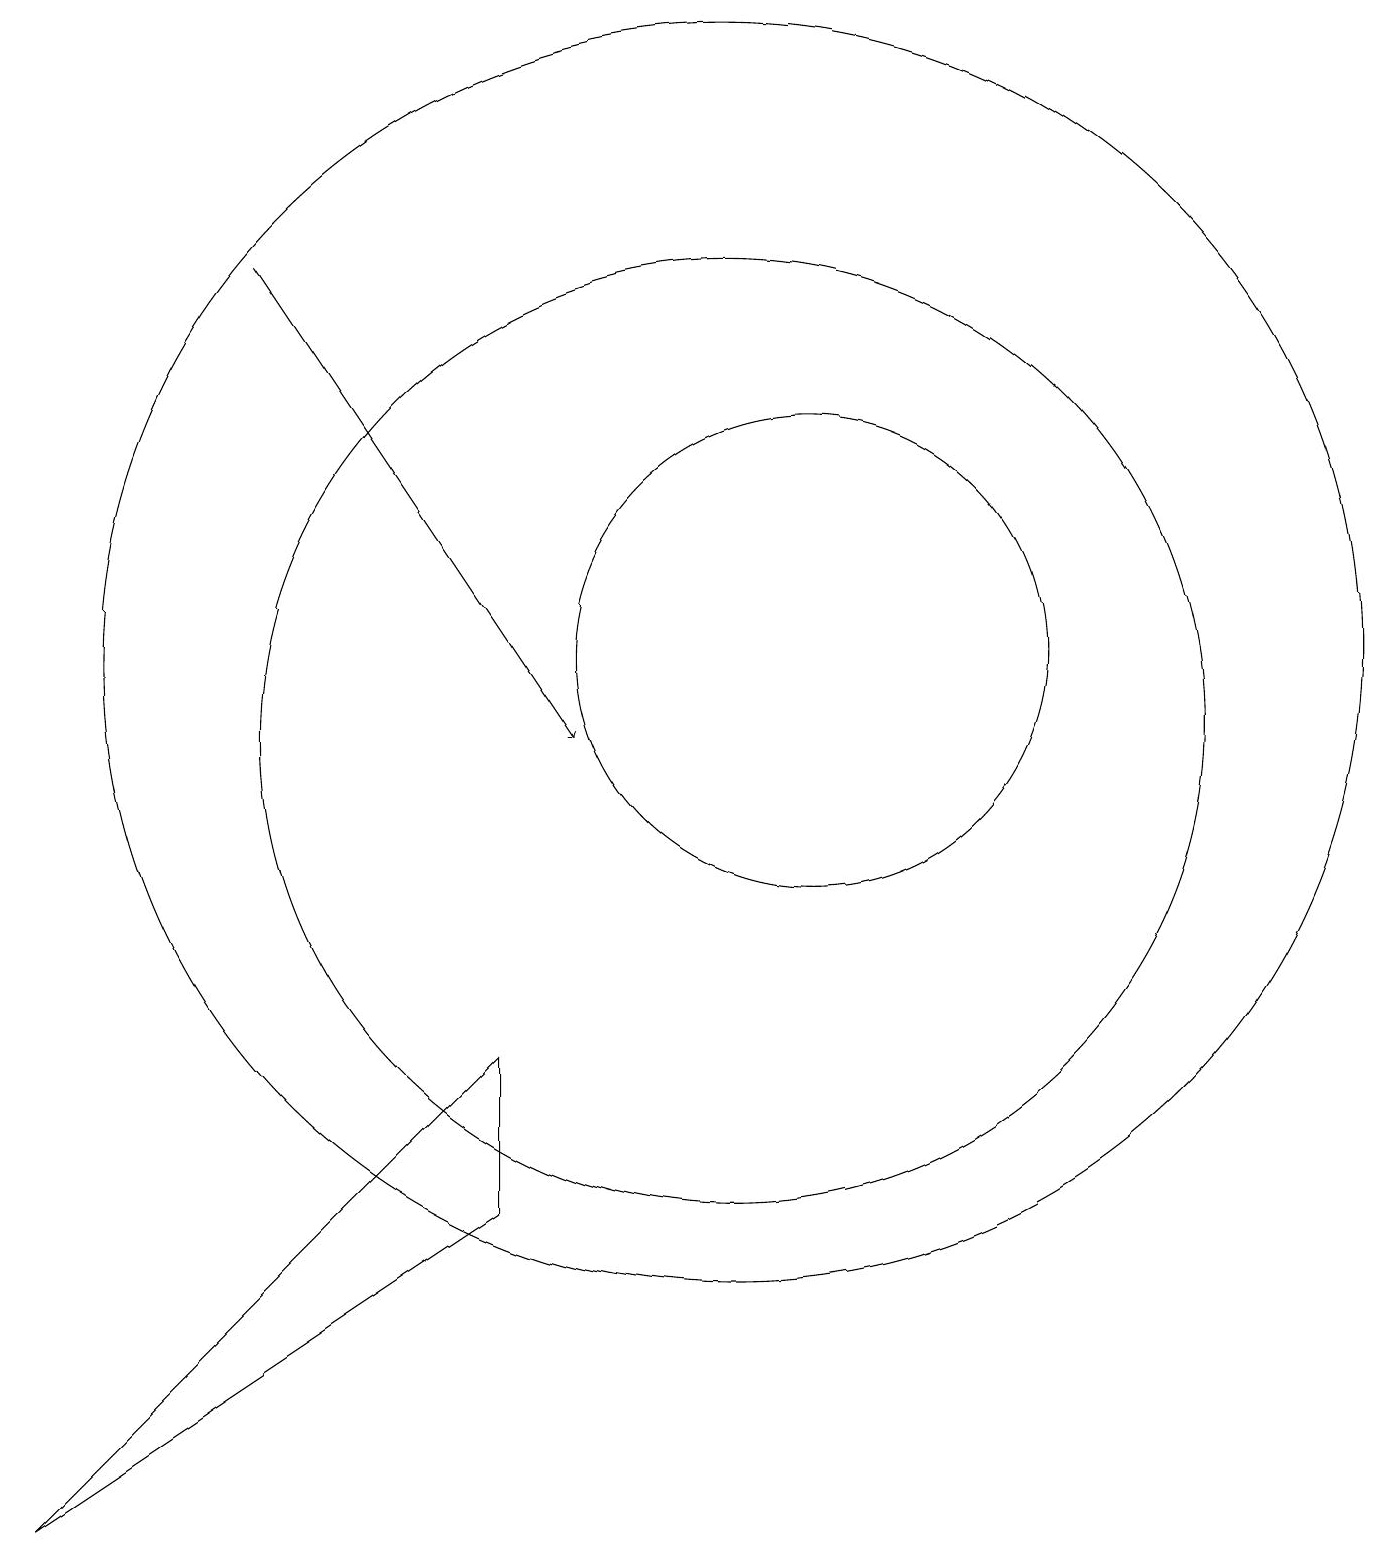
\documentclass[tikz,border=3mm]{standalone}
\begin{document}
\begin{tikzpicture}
\draw[->] (4,16) -- (8,10);
\draw (7,6) -- (7,4) -- (1,0) -- cycle;
\draw (10,11) circle (8);
\draw (10,10) circle (6);
\draw (11,11) circle (3);
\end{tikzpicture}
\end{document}